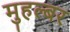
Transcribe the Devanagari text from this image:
मुहल्बर